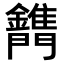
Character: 𨷫